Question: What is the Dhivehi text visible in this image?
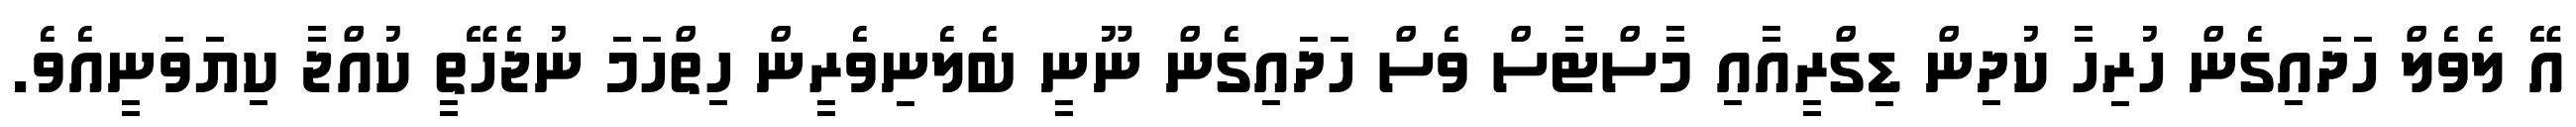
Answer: އޭ ލެވެލް ހަދައިގެން ހުރިހާ ކުދިން ޑިގްރީއާއި މާސްޓާސް ވެސް ހަދައިގެން ނޫނީ ބެލެނިވެރީން ހިތްހަމަ ނުޖެހޭތީ ކުއްޖާ ކިޔަވަނީއެވެ.